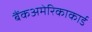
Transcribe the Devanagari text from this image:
बैंकअमेरिकाकार्ड